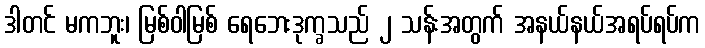
ဒါတင် မကဘူး၊ မြစ်ဝါမြစ် ရေဘေးဒုက္ခသည် ၂ သန်းအတွက် အနယ်နယ်အရပ်ရပ်က